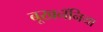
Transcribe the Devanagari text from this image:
बूखनॅनिया